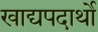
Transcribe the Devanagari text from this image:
खाद्यपदार्थो